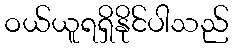
ဝယ်ယူရရှိနိုင်ပါသည်